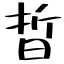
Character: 晢